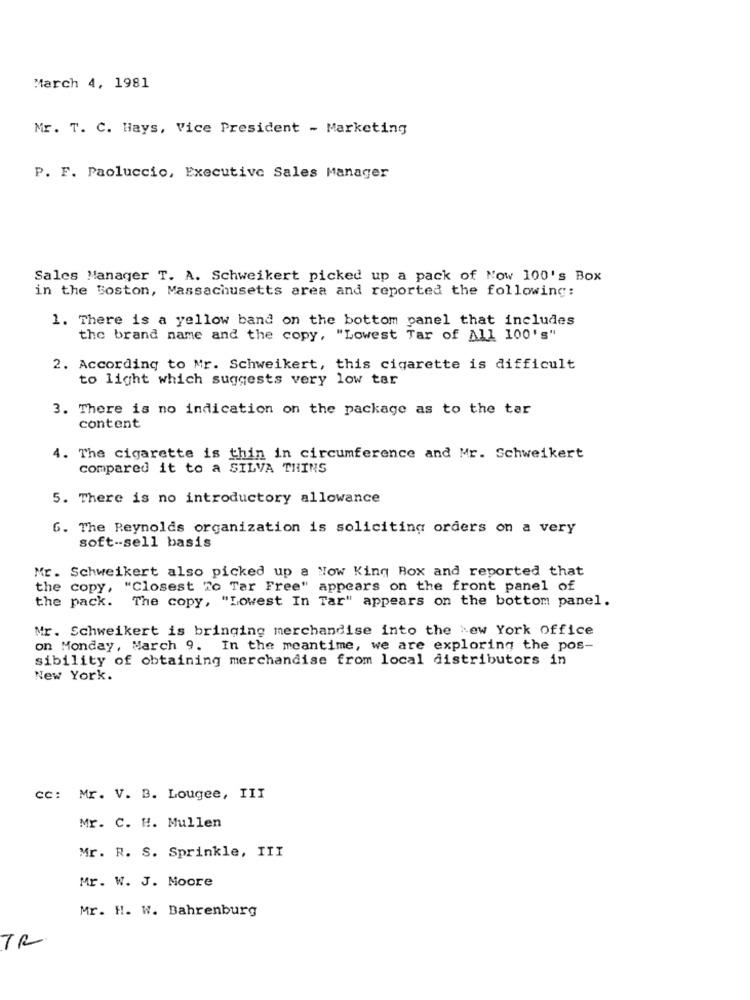
March 4, 1981
Mr. T. C. Hays, Vice President - Marketing
P. F. Paoluccio, Executive Sales Manager
Sales Manager T. A. Schweikert picked up a pack of Now 100's Box
in the Boston, Massachusetts area and reported the following:
1. There is a yellow band on the bottom panel that includes
the brand name and the copy, "Lowest Tar of All 100's"
2. According to Mr. Schweikert, this cigarette is difficult
to light which suggests very low tar
3. There is no indication on the package as to the tar
content
4.
The cigarette is thin in circumference and Mr. Schweikert
compared it to a SILVA THINS
5. There is no introductory allowance
6. The Reynolds organization is soliciting orders on a very
soft -- sell basis
Mr. Schweikert also picked up a Now King Rox and reported that
the copy, "Closest To Tar Free" appears on the front panel of
the pack.
The copy, "Lowest In Tar" appears on the bottom panel.
Mr. Schweikert is bringing merchandise into the New York Office
on Monday, March 9. In the meantime, we are exploring the pos-
sibility of obtaining merchandise from local distributors in
New York.
cc: Mr. V. B. Lougee, III
Mr. C. H. Mullen
Mr. R. S. Sprinkle, III
Mr. W. J. Moore
Mr. H. W. Bahrenburg
TR